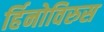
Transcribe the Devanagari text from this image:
र्हिनोविरुस